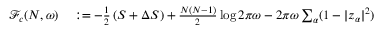
\begin{array} { r l } { \mathcal F _ { c } ( N , \omega ) } & { { } : = - \frac { 1 } { 2 } \left( S + \Delta S \right) + \frac { N ( N - 1 ) } { 2 } \log 2 \pi \omega - 2 \pi \omega \sum _ { \alpha } ( 1 - | z _ { \alpha } | ^ { 2 } ) } \end{array}